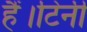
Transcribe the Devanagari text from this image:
हैं।टिनी